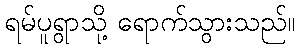
ရမ်ပူရွာသို့ ရောက်သွားသည်။